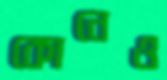
কোনেও